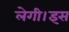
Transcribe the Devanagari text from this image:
लेगी।इस